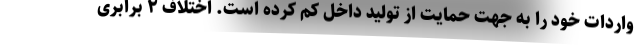
واردات خود را به جهت حمایت از تولید داخل کم کرده است. اختلاف ۲ برابری